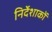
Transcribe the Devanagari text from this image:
निर्देशाकों